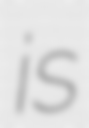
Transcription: is